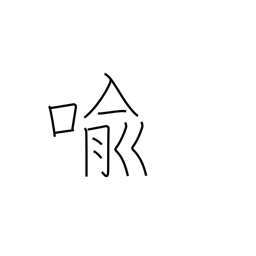
Meaning: metaphor